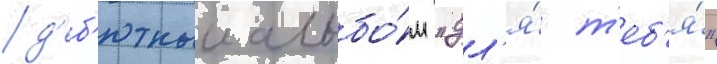
д'еб'ютныи альбо́м "дл'я́ т'еб'я́"